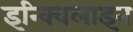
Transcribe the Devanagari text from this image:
इन्क्विलाइन